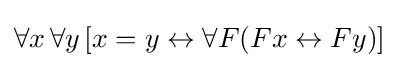
\forall x\,\forall y\,[x=y\leftrightarrow \forall F(Fx\leftrightarrow Fy)]